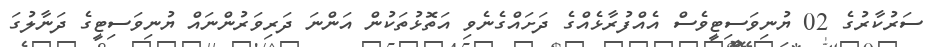
ސަރުކާރުގެ 02 ޔުނިވަަސިޓީވެސް އެއްފުރާޅެއްގެ ދަށައްގެނެވި އަތޮޅުތަކުން އަންނަ ދަރިވަރުންނައް ޔުނިވަސިޓީގެ ދަނާލުގަ